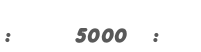
:     5000  :